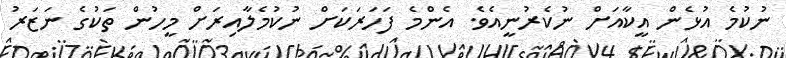
ނުކުމެ އުޅެން އީކާއަށް ނުކެރުނީއެވެ. އެންމެ ފަހަރަކަށް ނުކުމެލާއިރަށް މީހުން ތަކުގެ ނަޒަރު